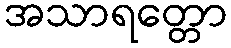
အသာရတ္တော